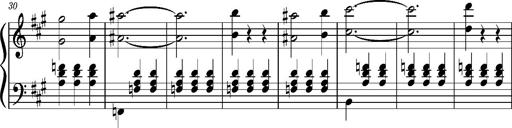
Title: Petite Valse (Fragment)
Composer: Franz Liszt
Key: A major then B-flat major